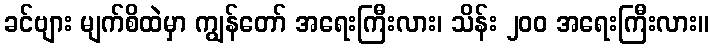
ခင်ဗျား မျက်စိထဲမှာ ကျွန်တော် အရေးကြီးလား၊ သိန်း ၂၀၀ အရေးကြီးလား။